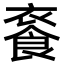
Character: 𩛚